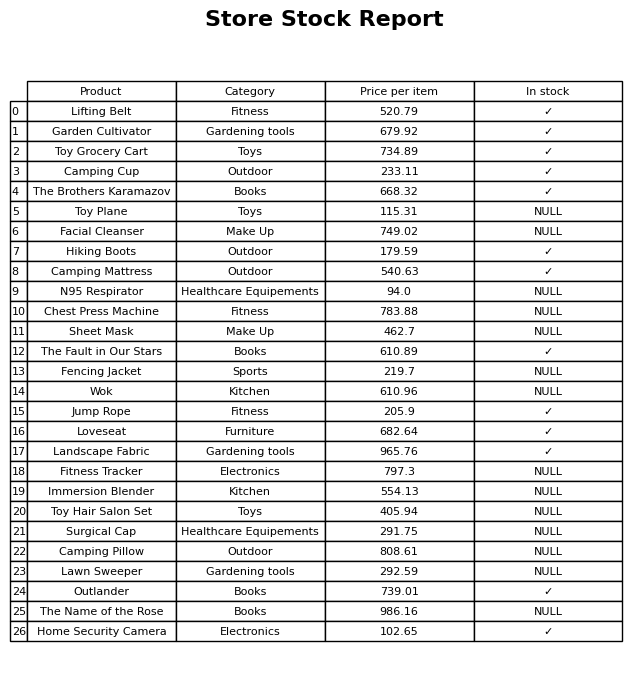
question: What is the price of the Wok?
answer: The price of Wok is 610.96.